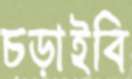
চড়াইবি